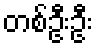
တစ်ဦးဦး